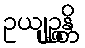
ဥယျုဉ္ဇန္တိ